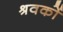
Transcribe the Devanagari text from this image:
श्रवकों